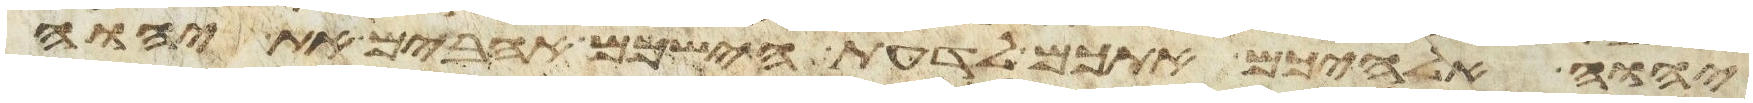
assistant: יהוה אלהיכם אתכם לדעת הישכם אהבים את יהוה